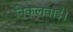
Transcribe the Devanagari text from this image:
निकलवाईं।